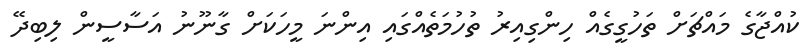
ކުއްޖާގެ މައްޗަށް ތަހުގީގެއް ހިންގިއިރު ތުހުމަތެއްގައި އިންނަ މީހަކަށް ގާނޫނު އަސާސީން ލިބިދޭ